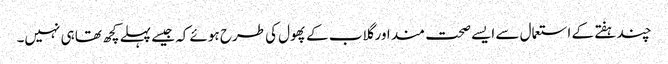
چند ہفتے کے استعمال سے ایسے صحت مند اور گلاب کے پھول کی طرح ہوئے کہ جیسے پہلے کچھ تھا ہی نہیں۔